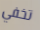
تخفي